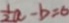
\frac { 1 } { 2 } a - b = 6